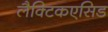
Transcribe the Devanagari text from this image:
लैक्टिकएसिड